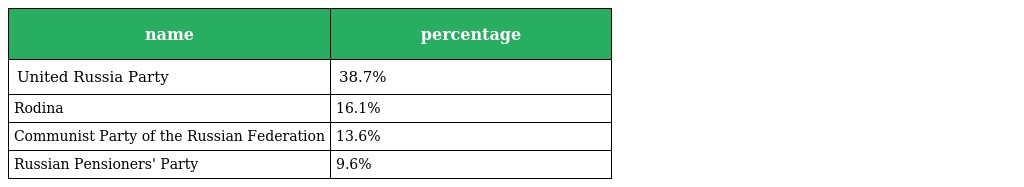
| name | percentage |
 | --- | --- |
 | United Russia Party | 38.7% |
 | Rodina | 16.1% |
 | Communist Party of the Russian Federation | 13.6% |
 | Russian Pensioners' Party | 9.6% |